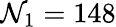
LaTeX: \mathcal{N}_{1}=148